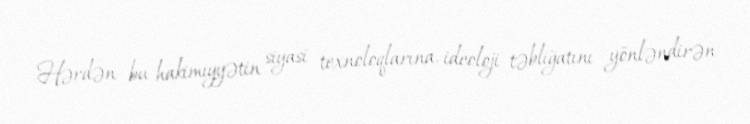
Hərdən bu hakimiyyətin siyasi texnoloqlarına, ideoloji təbliğatını yönləndirən